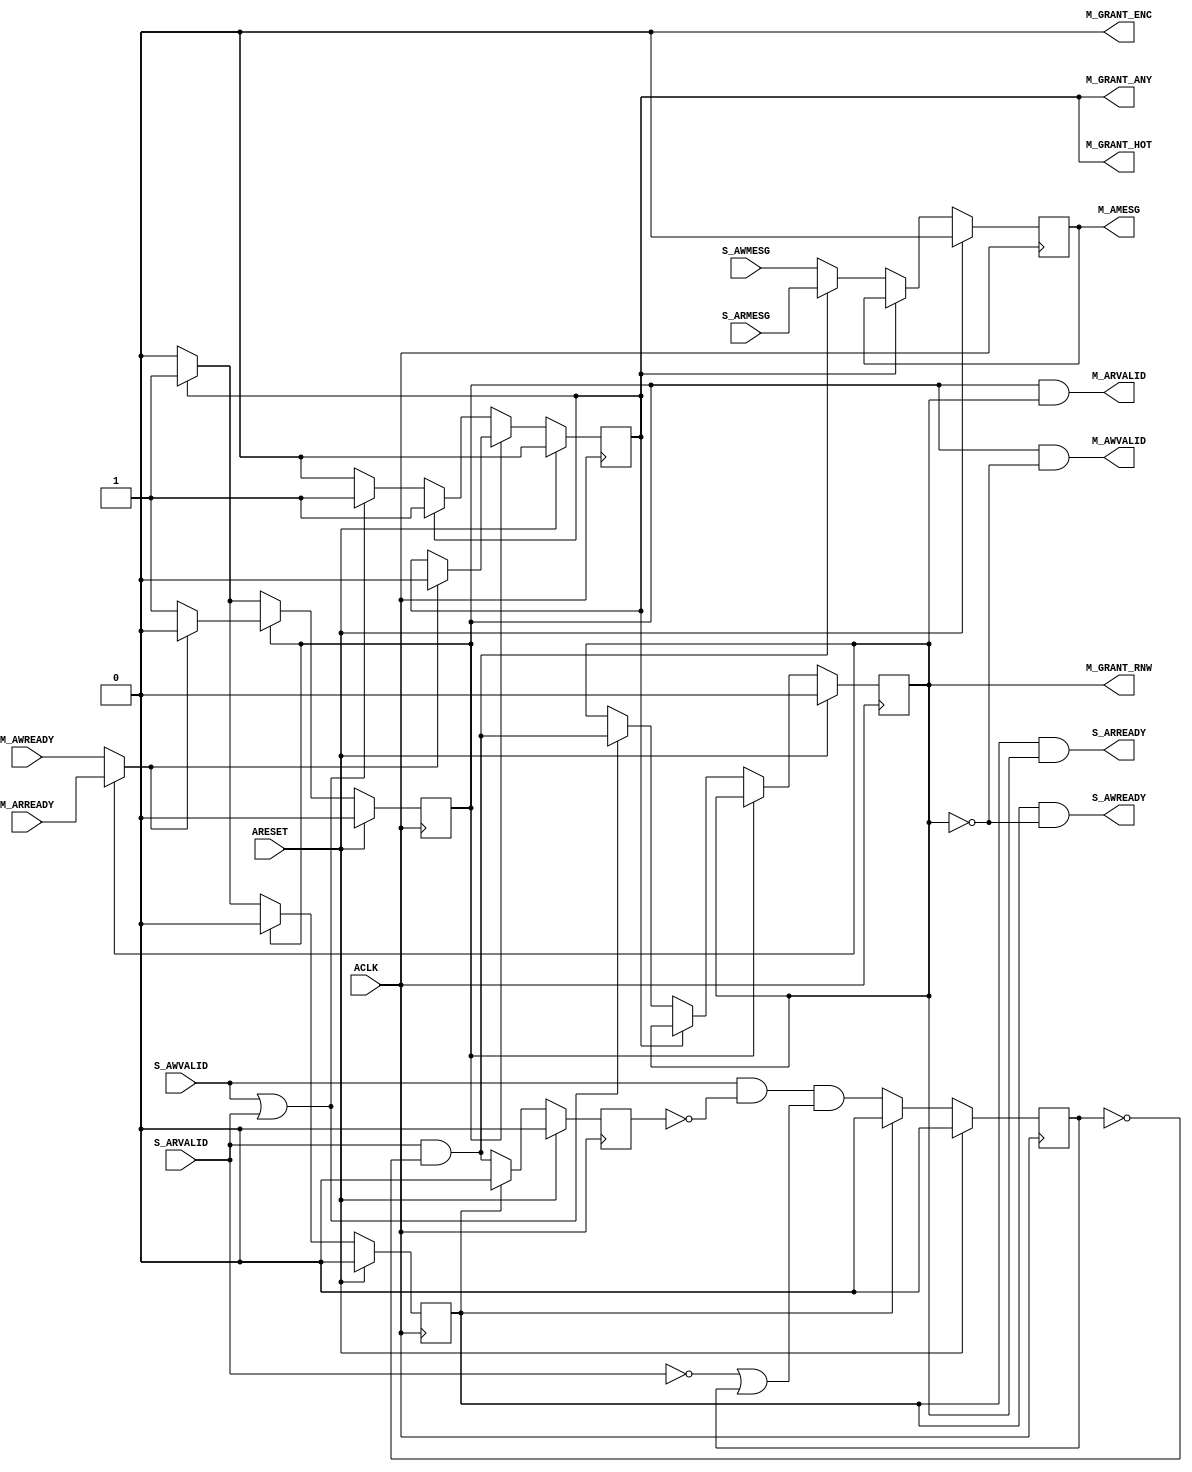
// -- (c) Copyright 2009 - 2011 Xilinx, Inc. All rights reserved.
// --
// -- This file contains confidential and proprietary information
// -- of Xilinx, Inc. and is protected under U.S. and 
// -- international copyright and other intellectual property
// -- laws.
// --
// -- DISCLAIMER
// -- This disclaimer is not a license and does not grant any
// -- rights to the materials distributed herewith. Except as
// -- otherwise provided in a valid license issued to you by
// -- Xilinx, and to the maximum extent permitted by applicable
// -- law: (1) THESE MATERIALS ARE MADE AVAILABLE "AS IS" AND
// -- WITH ALL FAULTS, AND XILINX HEREBY DISCLAIMS ALL WARRANTIES
// -- AND CONDITIONS, EXPRESS, IMPLIED, OR STATUTORY, INCLUDING
// -- BUT NOT LIMITED TO WARRANTIES OF MERCHANTABILITY, NON-
// -- INFRINGEMENT, OR FITNESS FOR ANY PARTICULAR PURPOSE; and
// -- (2) Xilinx shall not be liable (whether in contract or tort,
// -- including negligence, or under any other theory of
// -- liability) for any loss or damage of any kind or nature
// -- related to, arising under or in connection with these
// -- materials, including for any direct, or any indirect,
// -- special, incidental, or consequential loss or damage
// -- (including loss of data, profits, goodwill, or any type of
// -- loss or damage suffered as a result of any action brought
// -- by a third party) even if such damage or loss was
// -- reasonably foreseeable or Xilinx had been advised of the
// -- possibility of the same.
// --
// -- CRITICAL APPLICATIONS
// -- Xilinx products are not designed or intended to be fail-
// -- safe, or for use in any application requiring fail-safe
// -- performance, such as life-support or safety devices or
// -- systems, Class III medical devices, nuclear facilities,
// -- applications related to the deployment of airbags, or any
// -- other applications that could lead to death, personal
// -- injury, or severe property or environmental damage
// -- (individually and collectively, "Critical
// -- Applications"). Customer assumes the sole risk and
// -- liability of any use of Xilinx products in Critical
// -- Applications, subject only to applicable laws and
// -- regulations governing limitations on product liability.
// --
// -- THIS COPYRIGHT NOTICE AND DISCLAIMER MUST BE RETAINED AS
// -- PART OF THIS FILE AT ALL TIMES.
//-----------------------------------------------------------------------------
//
//
// Description: 
//   Hybrid priority + round-robin arbiter.
//   Read & write requests combined (read preferred) at each slot
//   Muxes AR and AW channel payload inputs based on arbitration results.
//-----------------------------------------------------------------------------
//
// Structure:
//    addr_arbiter_sasd
//      mux_enc
//-----------------------------------------------------------------------------

`timescale 1ps/1ps
`default_nettype none

(* DowngradeIPIdentifiedWarnings="yes" *) 
module axi_crossbar_v2_1_9_addr_arbiter_sasd #
  (
   parameter         C_FAMILY                         = "none", 
   parameter integer C_NUM_S                = 1, 
   parameter integer C_NUM_S_LOG                = 1, 
   parameter integer C_AMESG_WIDTH                 = 1, 
   parameter         C_GRANT_ENC        = 0,
   parameter [C_NUM_S*32-1:0] C_ARB_PRIORITY             = {C_NUM_S{32'h00000000}}
                       // Arbitration priority among each SI slot. 
                       // Higher values indicate higher priority.
                       // Format: C_NUM_SLAVE_SLOTS{Bit32};
                       // Range: 'h0-'hF.
   )
  (
   // Global Signals
   input  wire                                      ACLK,
   input  wire                                      ARESET,
   // Slave Ports
   input  wire [C_NUM_S*C_AMESG_WIDTH-1:0]  S_AWMESG,
   input  wire [C_NUM_S*C_AMESG_WIDTH-1:0]  S_ARMESG,
   input  wire [C_NUM_S-1:0]                S_AWVALID,
   output wire [C_NUM_S-1:0]                S_AWREADY,
   input  wire [C_NUM_S-1:0]                S_ARVALID,
   output wire [C_NUM_S-1:0]                S_ARREADY,
   // Master Ports
   output wire [C_AMESG_WIDTH-1:0]          M_AMESG,
   output wire [C_NUM_S_LOG-1:0]            M_GRANT_ENC,
   output wire [C_NUM_S-1:0]                M_GRANT_HOT,
   output wire                              M_GRANT_RNW,
   output wire                              M_GRANT_ANY,
   output wire                              M_AWVALID,
   input  wire                              M_AWREADY,
   output wire                              M_ARVALID,
   input  wire                              M_ARREADY
   );
   
  // Generates a mask for all input slots that are priority based
  function [C_NUM_S-1:0] f_prio_mask
    (
      input integer null_arg
    );
    reg   [C_NUM_S-1:0]            mask;
    integer                        i;    
    begin
      mask = 0;    
      for (i=0; i < C_NUM_S; i=i+1) begin
        mask[i] = (C_ARB_PRIORITY[i*32+:32] != 0);
      end 
      f_prio_mask = mask;
    end   
  endfunction
  
  // Convert 16-bit one-hot to 4-bit binary
  function [3:0] f_hot2enc
    (
      input [15:0]  one_hot
    );
    begin
      f_hot2enc[0] = |(one_hot & 16'b1010101010101010);
      f_hot2enc[1] = |(one_hot & 16'b1100110011001100);
      f_hot2enc[2] = |(one_hot & 16'b1111000011110000);
      f_hot2enc[3] = |(one_hot & 16'b1111111100000000);
    end
  endfunction

  localparam [C_NUM_S-1:0] P_PRIO_MASK = f_prio_mask(0);

  reg                     m_valid_i;
  reg [C_NUM_S-1:0]       s_ready_i;
  reg [C_NUM_S-1:0]       s_awvalid_reg;
  reg [C_NUM_S-1:0]       s_arvalid_reg;
  wire [15:0]             s_avalid;
  wire                    m_aready;
  wire [C_NUM_S-1:0]      rnw;
  reg                     grant_rnw;
  reg [C_NUM_S_LOG-1:0]   m_grant_enc_i;
  reg [C_NUM_S-1:0]       m_grant_hot_i; 
  reg [C_NUM_S-1:0]       last_rr_hot;
  reg                     any_grant;
  reg                     any_prio;
  reg [C_NUM_S-1:0]       which_prio_hot;
  reg [C_NUM_S_LOG-1:0]   which_prio_enc;          
  reg [4:0]               current_highest;
  reg [15:0]              next_prio_hot;
  reg [C_NUM_S_LOG-1:0]   next_prio_enc;    
  reg                     found_prio;
  wire [C_NUM_S-1:0]      valid_rr;
  reg [15:0]              next_rr_hot;
  reg [C_NUM_S_LOG-1:0]   next_rr_enc;    
  reg [C_NUM_S*C_NUM_S-1:0] carry_rr;
  reg [C_NUM_S*C_NUM_S-1:0] mask_rr;
  reg                     found_rr;
  wire [C_NUM_S-1:0]      next_hot;
  wire [C_NUM_S_LOG-1:0]  next_enc;    
  integer                 i;
  wire  [C_AMESG_WIDTH-1:0] amesg_mux;
  reg   [C_AMESG_WIDTH-1:0] m_amesg_i;
  wire [C_NUM_S*C_AMESG_WIDTH-1:0] s_amesg;
  genvar                  gen_si;

  always @(posedge ACLK) begin
    if (ARESET) begin
      s_awvalid_reg <= 0;
      s_arvalid_reg <= 0;
    end else if (|s_ready_i) begin
      s_awvalid_reg <= 0;
      s_arvalid_reg <= 0;
    end else begin
      s_arvalid_reg <= S_ARVALID & ~s_awvalid_reg;
      s_awvalid_reg <= S_AWVALID & ~s_arvalid_reg & (~S_ARVALID | s_awvalid_reg);
    end
  end
  
  assign s_avalid = S_AWVALID | S_ARVALID;
  assign M_AWVALID = m_valid_i & ~grant_rnw;
  assign M_ARVALID = m_valid_i & grant_rnw;
  assign S_AWREADY = s_ready_i & {C_NUM_S{~grant_rnw}};
  assign S_ARREADY = s_ready_i & {C_NUM_S{grant_rnw}};
  assign M_GRANT_ENC = C_GRANT_ENC ? m_grant_enc_i : 0;
  assign M_GRANT_HOT = m_grant_hot_i;
  assign M_GRANT_RNW = grant_rnw;
  assign rnw = S_ARVALID & ~s_awvalid_reg;
  assign M_AMESG = m_amesg_i;
  assign m_aready = grant_rnw ? M_ARREADY : M_AWREADY;
  
  generate
    for (gen_si=0; gen_si<C_NUM_S; gen_si=gen_si+1) begin : gen_mesg_mux
      assign s_amesg[C_AMESG_WIDTH*gen_si +: C_AMESG_WIDTH] = rnw[gen_si] ? S_ARMESG[C_AMESG_WIDTH*gen_si +: C_AMESG_WIDTH] : S_AWMESG[C_AMESG_WIDTH*gen_si +: C_AMESG_WIDTH];
    end  // gen_mesg_mux
         
    if (C_NUM_S>1) begin : gen_arbiter
    
      /////////////////////////////////////////////////////////////////////////////
      // Grant a new request when there is none still pending.
      // If no qualified requests found, de-assert M_VALID.
      /////////////////////////////////////////////////////////////////////////////
      
      assign M_GRANT_ANY = any_grant;
      assign next_hot = found_prio ? next_prio_hot : next_rr_hot;
      assign next_enc = found_prio ? next_prio_enc : next_rr_enc;
      
      always @(posedge ACLK) begin
        if (ARESET) begin
          m_valid_i <= 0;
          s_ready_i <= 0;
          m_grant_hot_i <= 0;
          m_grant_enc_i <= 0;
          any_grant <= 1'b0;
          last_rr_hot <= {1'b1, {C_NUM_S-1{1'b0}}};
          grant_rnw <= 1'b0;
        end else begin
          s_ready_i <= 0;
          if (m_valid_i) begin
            // Stall 1 cycle after each master-side completion.
            if (m_aready) begin  // Master-side completion
              m_valid_i <= 1'b0;
              m_grant_hot_i <= 0;
              any_grant <= 1'b0;
            end
          end else if (any_grant) begin
            m_valid_i <= 1'b1;
            s_ready_i <= m_grant_hot_i;  // Assert S_AW/READY for 1 cycle to complete SI address transfer
          end else begin
            if (found_prio | found_rr) begin
              m_grant_hot_i <= next_hot;
              m_grant_enc_i <= next_enc;
              any_grant <= 1'b1;
              grant_rnw <= |(rnw & next_hot);
              if (~found_prio) begin
                last_rr_hot <= next_rr_hot;
              end
            end
          end
        end
      end
    
      /////////////////////////////////////////////////////////////////////////////
      // Fixed Priority arbiter
      // Selects next request to grant from among inputs with PRIO > 0, if any.
      /////////////////////////////////////////////////////////////////////////////
      
      always @ * begin : ALG_PRIO
        integer ip;
        any_prio = 1'b0;
        which_prio_hot = 0;        
        which_prio_enc = 0;    
        current_highest = 0;    
        for (ip=0; ip < C_NUM_S; ip=ip+1) begin
          if (P_PRIO_MASK[ip] & ({1'b0, C_ARB_PRIORITY[ip*32+:4]} > current_highest)) begin
            if (s_avalid[ip]) begin
              current_highest[0+:4] = C_ARB_PRIORITY[ip*32+:4];
              any_prio = 1'b1;
              which_prio_hot = 1'b1 << ip;
              which_prio_enc = ip;
            end
          end   
        end
        found_prio = any_prio;
        next_prio_hot = which_prio_hot;
        next_prio_enc = which_prio_enc;
      end
     
      /////////////////////////////////////////////////////////////////////////////
      // Round-robin arbiter
      // Selects next request to grant from among inputs with PRIO = 0, if any.
      /////////////////////////////////////////////////////////////////////////////
      
      assign valid_rr = ~P_PRIO_MASK & s_avalid;
      
      always @ * begin : ALG_RR
        integer ir, jr, nr;
        next_rr_hot = 0;
        for (ir=0;ir<C_NUM_S;ir=ir+1) begin
          nr = (ir>0) ? (ir-1) : (C_NUM_S-1);
          carry_rr[ir*C_NUM_S] = last_rr_hot[nr];
          mask_rr[ir*C_NUM_S] = ~valid_rr[nr];
          for (jr=1;jr<C_NUM_S;jr=jr+1) begin
            nr = (ir-jr > 0) ? (ir-jr-1) : (C_NUM_S+ir-jr-1);
            carry_rr[ir*C_NUM_S+jr] = carry_rr[ir*C_NUM_S+jr-1] | (last_rr_hot[nr] & mask_rr[ir*C_NUM_S+jr-1]);
            if (jr < C_NUM_S-1) begin
              mask_rr[ir*C_NUM_S+jr] = mask_rr[ir*C_NUM_S+jr-1] & ~valid_rr[nr];
            end
          end   
          next_rr_hot[ir] = valid_rr[ir] & carry_rr[(ir+1)*C_NUM_S-1];
        end
        next_rr_enc = f_hot2enc(next_rr_hot);
        found_rr = |(next_rr_hot);
      end
  
      generic_baseblocks_v2_1_0_mux_enc # 
        (
         .C_FAMILY      ("rtl"),
         .C_RATIO       (C_NUM_S),
         .C_SEL_WIDTH   (C_NUM_S_LOG),
         .C_DATA_WIDTH  (C_AMESG_WIDTH)
        ) si_amesg_mux_inst 
        (
         .S   (next_enc),
         .A   (s_amesg),
         .O   (amesg_mux),
         .OE  (1'b1)
        ); 
        
      always @(posedge ACLK) begin
        if (ARESET) begin
          m_amesg_i <= 0;
        end else if (~any_grant) begin
          m_amesg_i <= amesg_mux;
        end
      end
    
    end else begin : gen_no_arbiter
      
      assign M_GRANT_ANY = m_grant_hot_i;

      always @ (posedge ACLK) begin
        if (ARESET) begin
          m_valid_i <= 1'b0;
          s_ready_i <= 1'b0;
          m_grant_enc_i <= 0;
          m_grant_hot_i <= 1'b0;
          grant_rnw <= 1'b0;
        end else begin
          s_ready_i <= 1'b0;
          if (m_valid_i) begin
            if (m_aready) begin
              m_valid_i <= 1'b0;
              m_grant_hot_i <= 1'b0;
            end
          end else if (m_grant_hot_i) begin
            m_valid_i <= 1'b1;
            s_ready_i[0] <= 1'b1;  // Assert S_AW/READY for 1 cycle to complete SI address transfer
          end else if (s_avalid[0]) begin
            m_grant_hot_i <= 1'b1;
            grant_rnw <= rnw[0];
          end
        end
      end
      
      always @ (posedge ACLK) begin
        if (ARESET) begin
          m_amesg_i <= 0;
        end else if (~m_grant_hot_i) begin
          m_amesg_i <= s_amesg;
        end
      end
    
    end  // gen_arbiter
  endgenerate
endmodule

`default_nettype wire